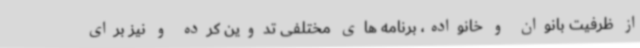
از ظرفیت بانوان و خانواده، برنامه های مختلفی تدوین کرده و نیز برای